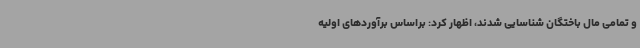
و تمامی مال باختگان شناسایی شدند، اظهار کرد: براساس برآوردهای اولیه